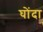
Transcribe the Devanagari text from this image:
घोंदा